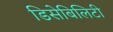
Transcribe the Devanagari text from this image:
डिसेबिलिटी